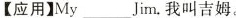
【应用】My___Jim_.我叫吉姆.